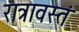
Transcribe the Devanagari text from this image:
रात्रावस्तं